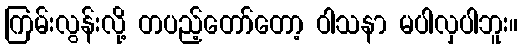
ကြမ်းလွန်းလို့ တပည့်တော်တော့ ဝါသနာ မပါလှပါဘူး။